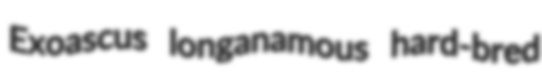
Exoascus longanamous hard-bred